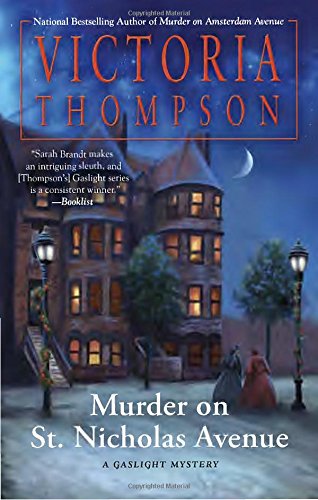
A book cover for Murder on St. Nicholas Avenue: Gaslight Mystery; Victoria Thompson; Mystery, Thriller & Suspense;